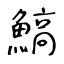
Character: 鰝